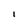
Character: I